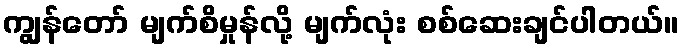
ကျွန်တော် မျက်စိမှုန်လို့ မျက်လုံး စစ်ဆေးချင်ပါတယ်။